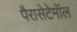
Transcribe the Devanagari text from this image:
पैरासेटेमॉल